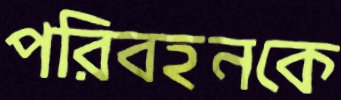
পরিবহনকে